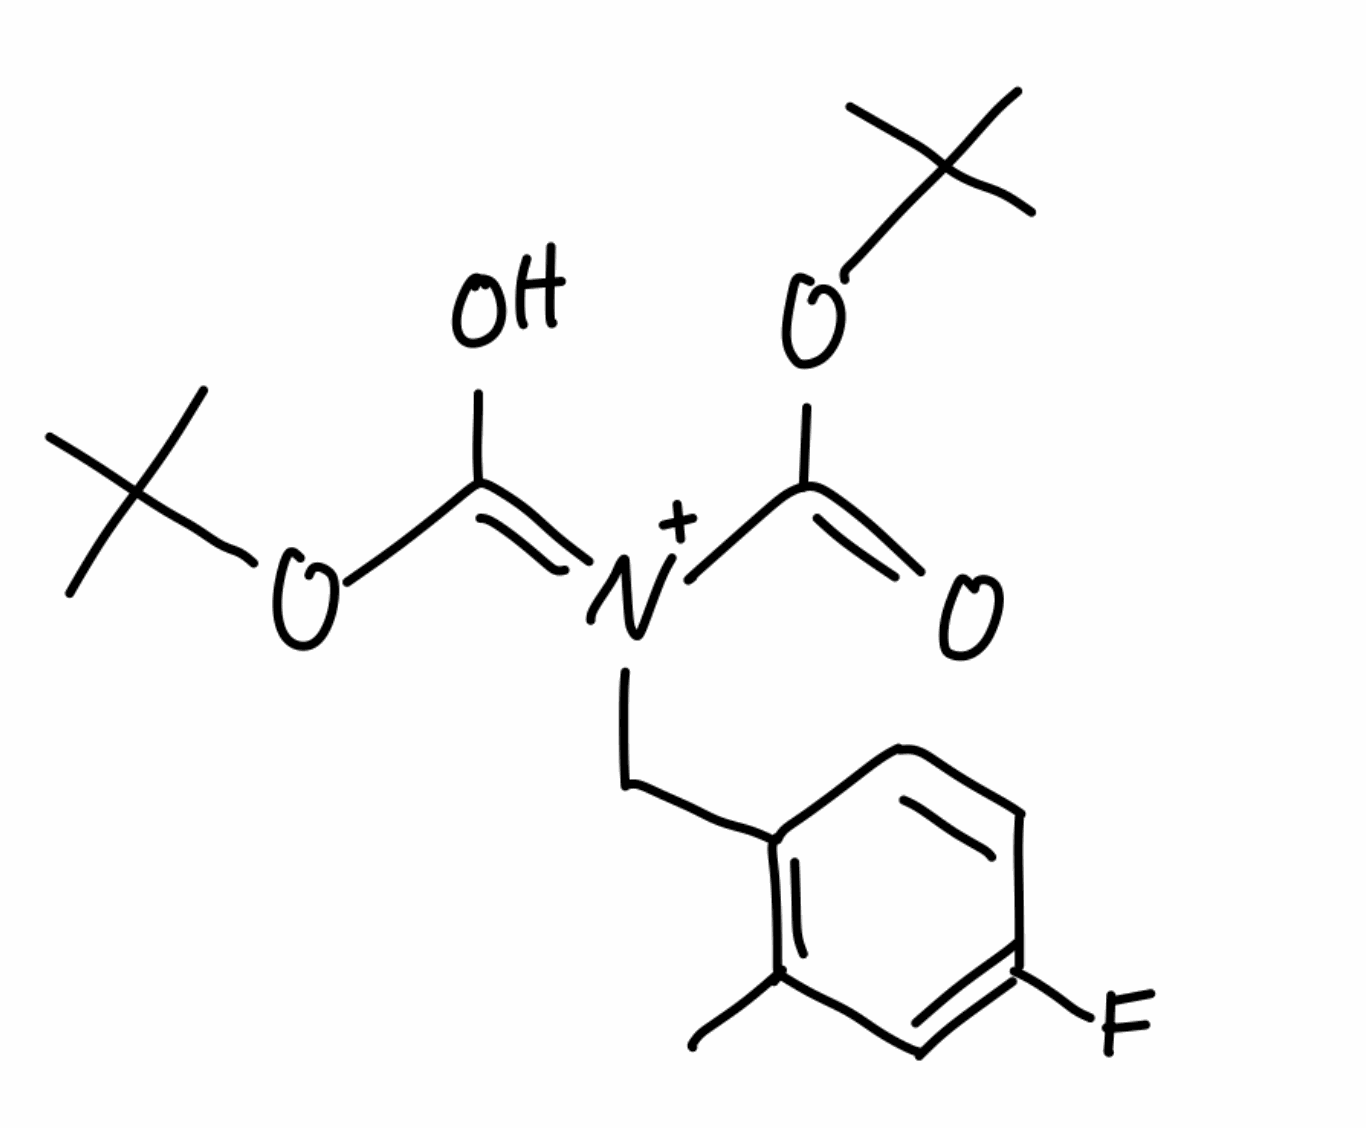
Simplified molecular-input line-entry system (SMILES) notation of the given molecule:
CC1=C(C=CC(=C1)F)C/[N+](=C(/O)\OC(C)(C)C)/C(=O)OC(C)(C)C